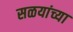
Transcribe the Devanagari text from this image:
सळयांच्या